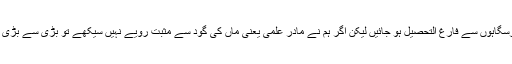
کیوں کہ ہم پوری دنیا میں شہرت رکھنے والی درسگاہوں سے فارغ التحصیل ہو جائیں لیکن اگر ہم نے مادرِ علمی یعنی ماں کی گود سے مثبت رویے نہیں سیکھے تو بڑی سے بڑی درسگاہ بھی ہمارا کچھ بگاڑ یا سنوار نہیں سکتی۔